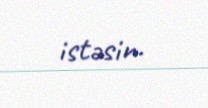
istəsin.